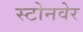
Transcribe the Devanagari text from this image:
स्टोनवेर